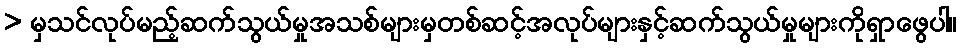
> မှသင်လုပ်မည့်ဆက်သွယ်မှုအသစ်များမှတစ်ဆင့်အလုပ်များနှင့်ဆက်သွယ်မှုများကိုရှာဖွေပါ။